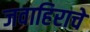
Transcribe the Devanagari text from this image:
जवाहिराचे